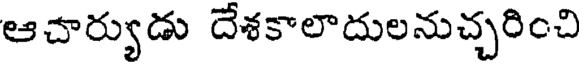
ఆచార్యుడు దేశకాలాదులనుచ్చరించి